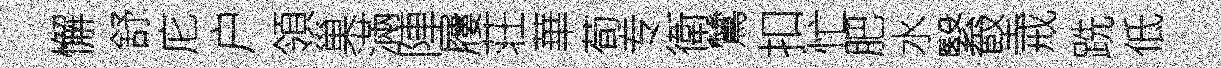
懈舒庀户領巢滿陣屨荘華荀专衛鷥扣忙肥水繄堅戒跣低